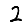
Digit: 2